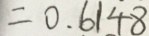
= 0 . 6 1 4 8